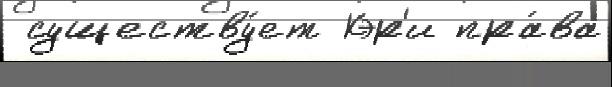
 существу́ет Кэр'и пра́ва